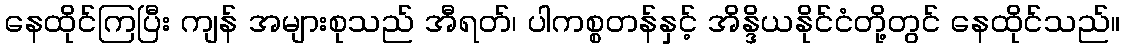
နေထိုင်ကြပြီး ကျန် အများစုသည် အီရတ်၊ ပါကစ္စတန်နှင့် အိန္ဒိယနိုင်ငံတို့တွင် နေထိုင်သည်။